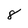
Character: 8